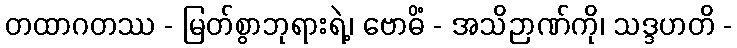
တထာဂတဿ - မြတ်စွာဘုရားရဲ့၊ ဗောဓိံ - အသိဉာဏ်ကို၊ သဒ္ဒဟတိ -